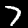
Label: 7